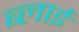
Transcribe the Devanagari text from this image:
ब्लाई